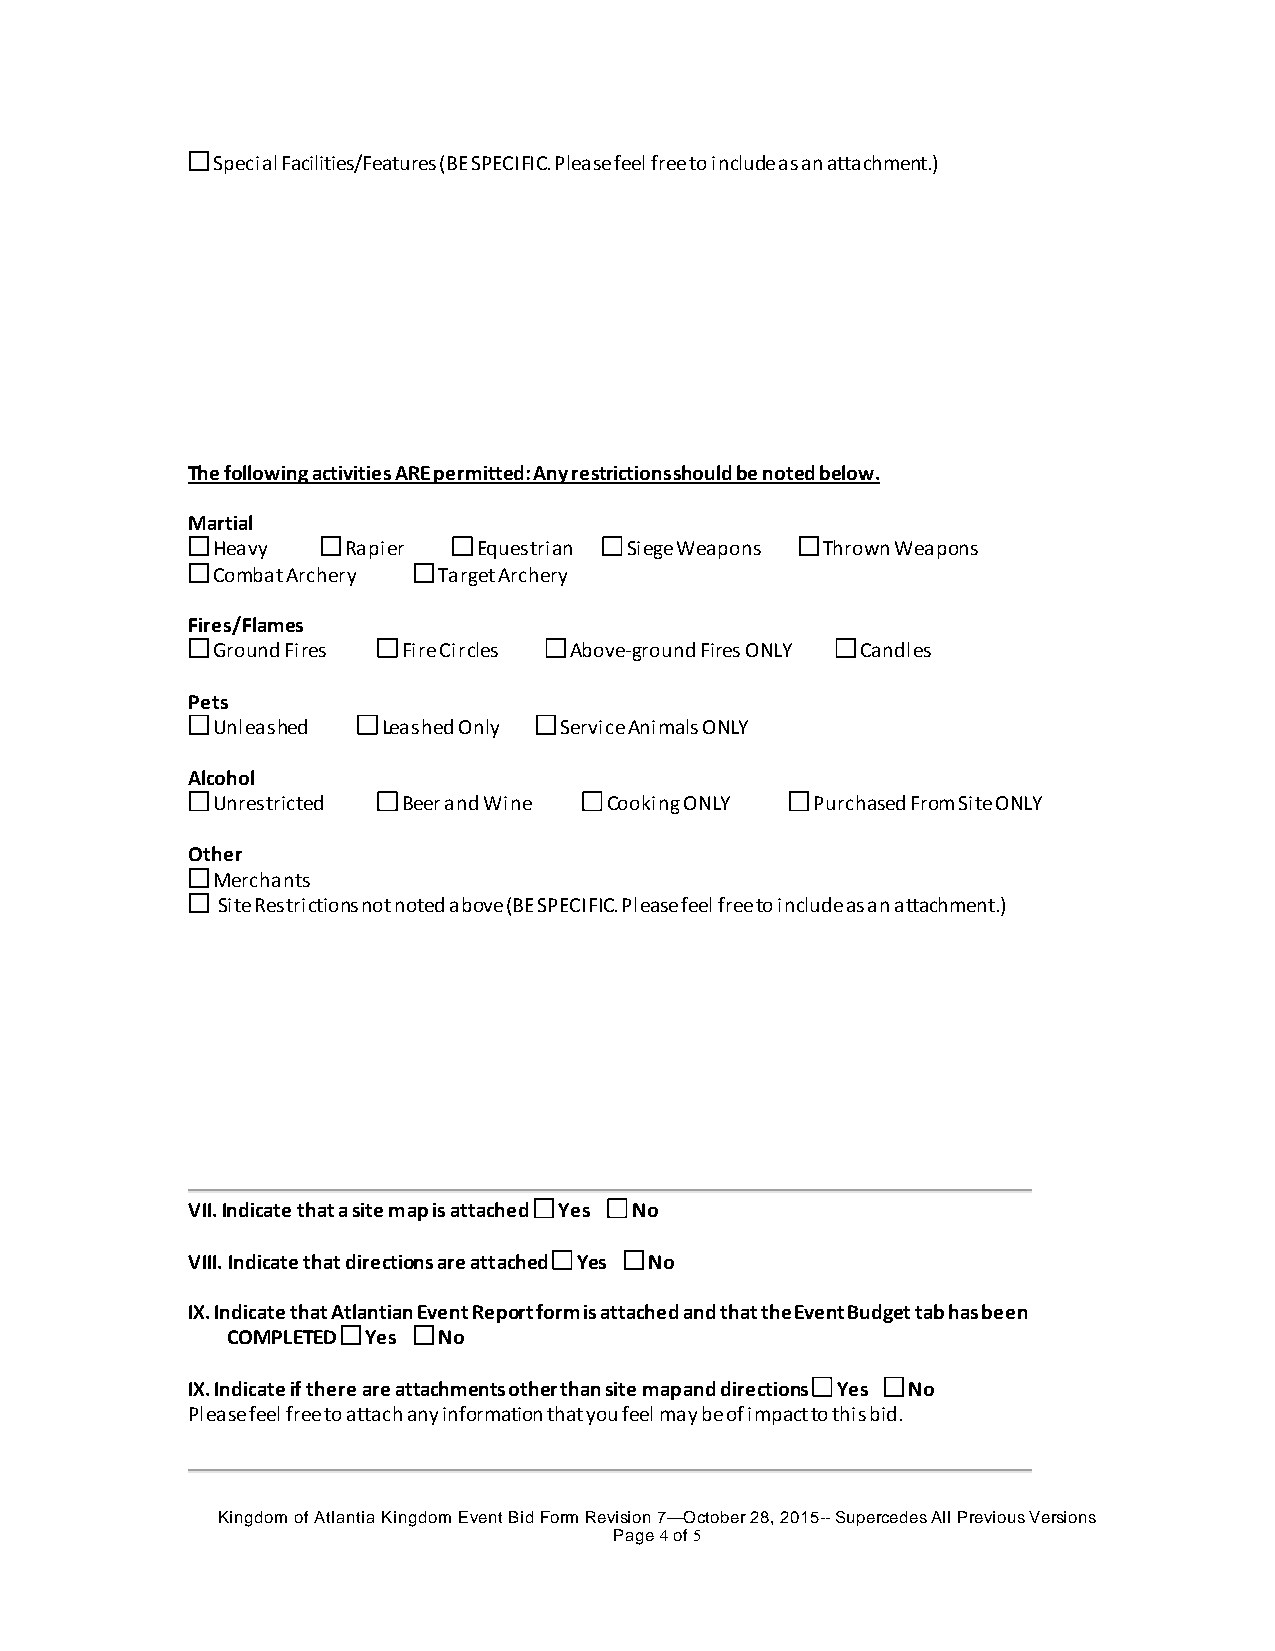
Special Facilities/Features (BE SPECIFIC. Please feel free to include as an attachment.)
 The following activities ARE permitted: Any restrictions should be noted below.
 Martial
 Heavy    Rapier   Equestrian Siege Weapons Thrown Weapons
 Combat Archery Target Archery
 Fires/Flames
 Ground Fires Fire Circles Above-ground Fires ONLY Candles
 Pets
 Unleashed  Leashed Only Service Animals ONLY
 Alcohol
 Unrestricted Beer and Wine Cooking ONLY Purchased From Site ONLY
 Other
 Merchants
 Site Restrictions not noted above (BE SPECIFIC. Please feel free to include as an attachment.)
 VII. Indicate that a site map is attached Yes No
 VIII. Indicate that directions are attached Yes No
 IX. Indicate that Atlantian Event Report form is attached and that the Event Budget tab has been
 COMPLETED Yes No
 IX. Indicate if there are attachments other than site map and directions Yes No
 Please feel free to attach any information that you feel may be of impact to this bid.
 Kingdom of Atlantia Kingdom Event Bid Form Revision 7—October 28, 2015-- Supercedes All Previous Versions
 Page 4 of 5